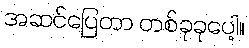
အဆင်ပြေတာ တစ်ခုခုပေါ့။